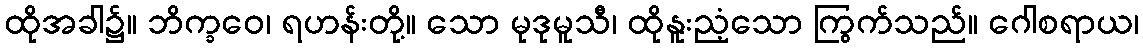
ထိုအခါ၌။ ဘိက္ခဝေ၊ ရဟန်းတို့။ သော မုဒုမူသီ၊ ထိုနူးညံ့သော ကြွက်သည်။ ဂေါစရာယ၊